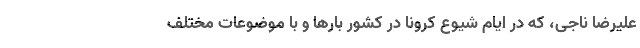
علیرضا ناجی، که در ایام شیوع کرونا در کشور بارها و با موضوعات مختلف